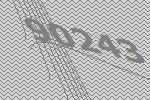
90243